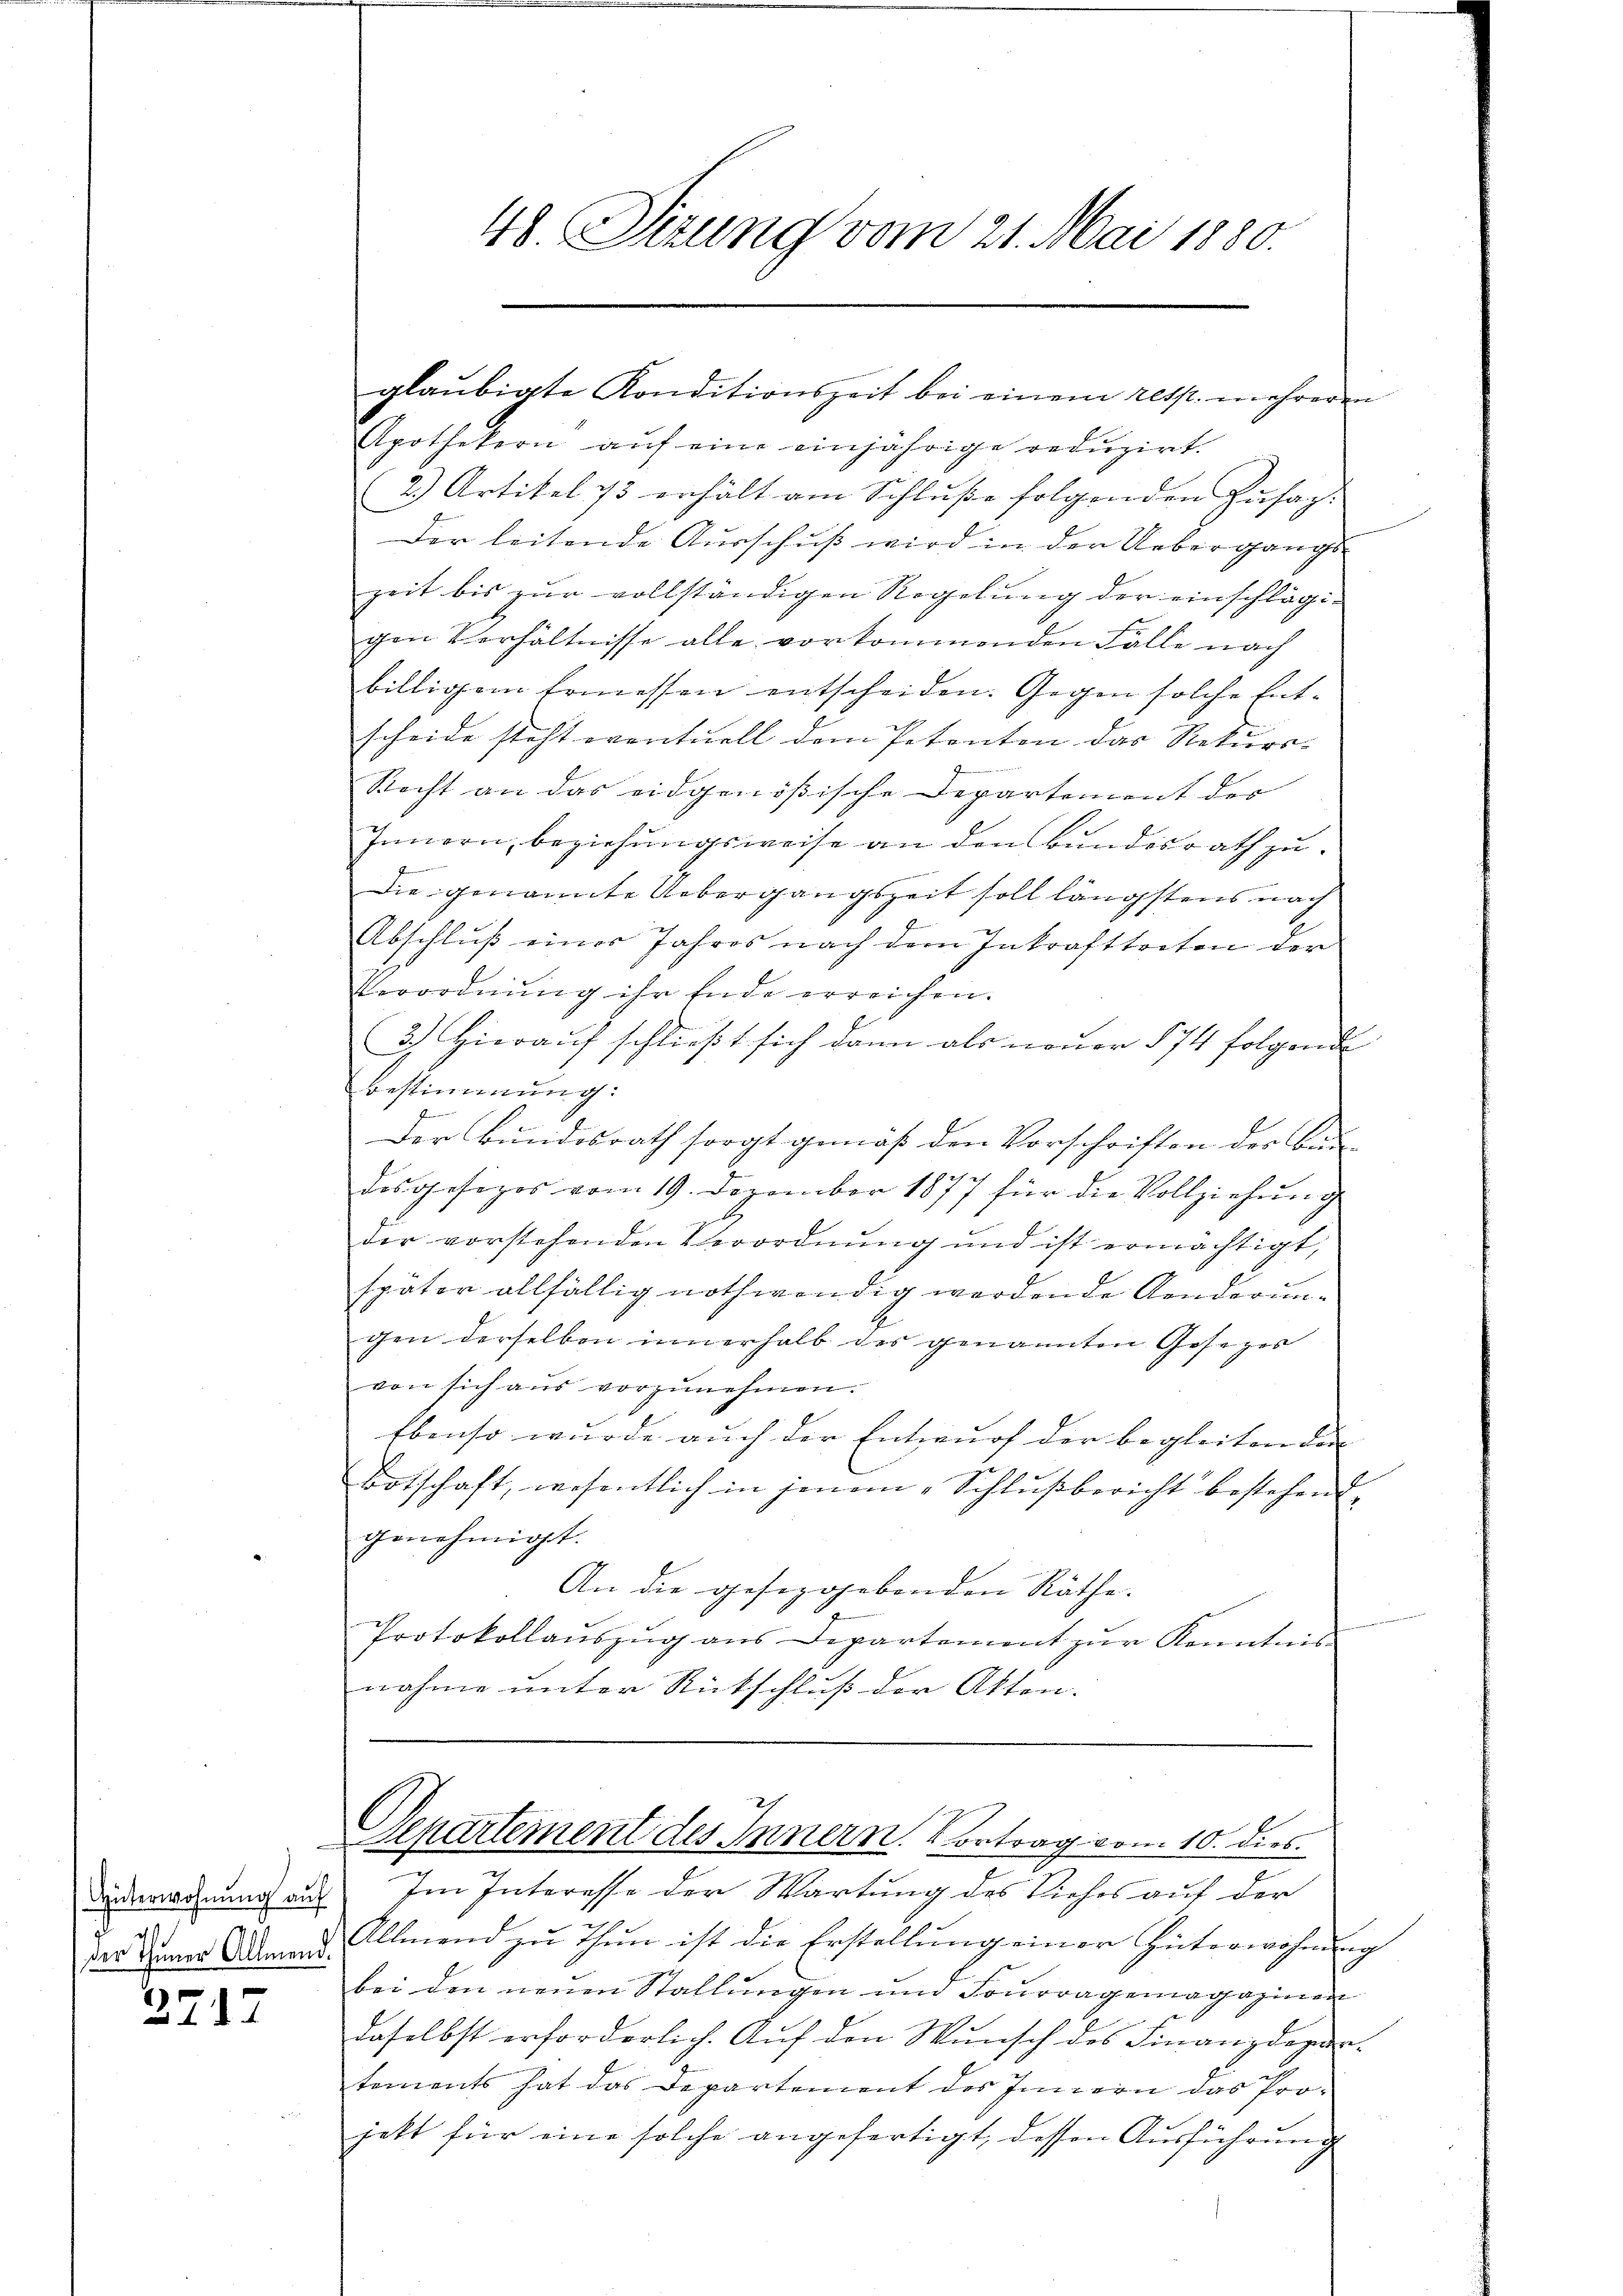
Güterwohnung auf

2717

48. Sizung vom 21. Mai 1880.

glaŭbigte Konditionszeit bei einem resp. mehreren
Apothekern auf eine einjährige reduzirt.
2.) Artikel 73 erhält am Schluße folgenden Zusag-
Der leitende Ausschuß wird in der Uebergangs
zeit bis zur vollständigen Regelung der einschlägigen Verhältnisse alle vorkommenden Fälle nach
billigem Ermessen entscheiden. Gegen solche Entscheide steht eventuell dem Petenten das Rekurs-
Recht an das eidgenößische Departement der
Innern, beziehungsweise an den Bundesrath zu¬

Die genannte Uebergangszeit soll längstens nach
Abschlŭβ einer Jahres nach dem Inkrafttreten der
Verordnung ihr Ende erreichen.
3.) Hierauf schließt sich dann als neuer § 74 folgende
Bestimmung:
Der Bundesrath sorgt gemäß den Vorschriften der Bun-
desgesezes vom 19. Dezember 1877 für die Vollziehung

der vorstehenden Verordnung und ist ermächtigt,
später allfällig nothwendig werdende Aenderungen derselben innerhalb des genannten Gesezer
von sich aŭs vorzŭnehmen.
Ebenso wurde auch der Entwurf der begleiten den |
Botschaft, wesentlich in jenem „Schlußbericht bestehend
genehmigt.
An die gesezggebenden Räthe.
Protokollaŭszŭg ans Departement zŭr Kenntnis-
nahme unter Rütschluß der Akten.
Departement des Innern. Vortrag vom 10. dies
Im Interesse der Wartung des Viehes auf der
ser Sinner Ademand. Allmend zu Thun ist die Erstellung einer Interwohnung
bei den neuen Stallungen und Fourragemagazinen
daselbst erforderlich. Auf den Wunsch des Finanzdepartements hat das Departement des Innern das Pro-
jett für eine solche angefertigt, dessen Ausführung